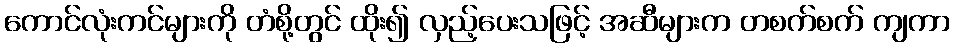
ကောင်လုံးကင်များကို တံစို့တွင် ထိုး၍ လှည့်ပေးသဖြင့် အဆီများက တစက်စက် ကျကာ